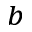
^ { b }